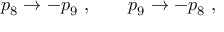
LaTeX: p _ { 8 } \to - p _ { 9 } \ , \qquad p _ { 9 } \to - p _ { 8 } \ ,